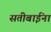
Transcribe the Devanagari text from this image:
सतीबाईंना